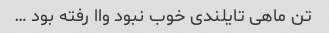
تن ماهی تایلندی خوب نبود واا رفته بود …